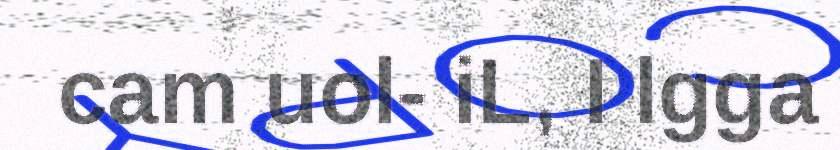
cam uol- iL, I lgga